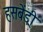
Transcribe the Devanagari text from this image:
हसबेंड्री